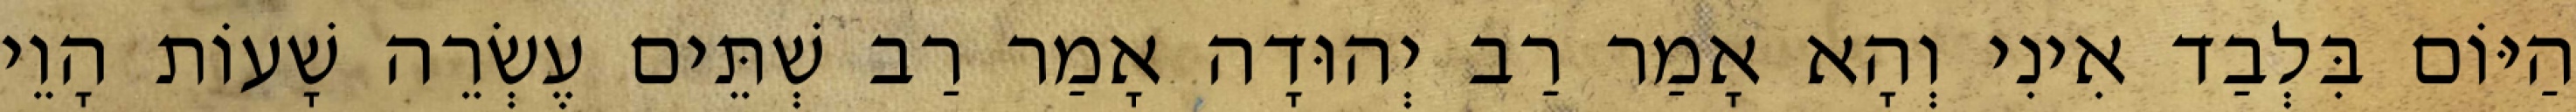
הַיּוֹם בִּלְבַד אִינִי וְהָא אָמַר רַב יְהוּדָה אָמַר רַב שְׁתֵּים עֶשְׂרֵה שָׁעוֹת הָוֵי